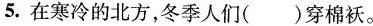
5.在寒冷的北方，冬季人们()穿棉袄。